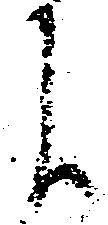
候